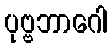
ပုဗ္ဗဘာဂေါ